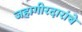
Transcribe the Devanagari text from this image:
जहागीरदारांचे